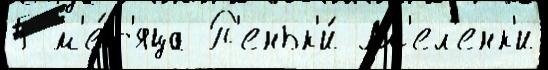
5 м'е́с'яца П'еньк'и́ М'ел'енк'и